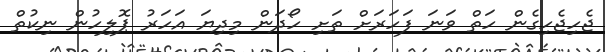
ޖެހިޖެހިގެން ހަތް ވަނަ ފަހަރަށް ތަށި ހޯދަން މިދިޔަ އަހަރު ޕޮލިހުން ނިކުތް